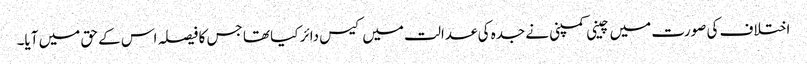
اختلاف کی صورت میں چینی کمپنی نے جدہ کی عدالت میں کیس دائر کیا تھا جس کا فیصلہ اس کے حق میں آیا۔